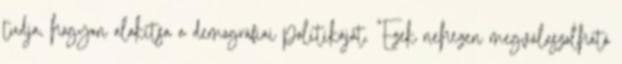
tudja, hogyan alakítsa a demográfiai politikáját. "Ezek nehezen megválaszolható